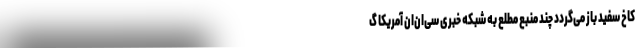
کاخ سفید باز می‌گردد چند منبع مطلع به شبکه خبری سی‌ان‌ان آمریکا گ